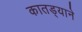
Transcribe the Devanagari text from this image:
कातड्याने